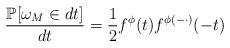
LaTeX: \begin{align*}\frac{\mathbb{P}[\omega_M \in dt]}{dt}=\frac{1}{2}f^{\phi}(t)f^{\phi(-\cdot)}(-t) \end{align*}